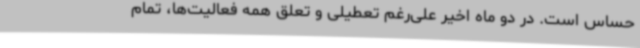
حساس است. در دو ماه اخیر علی‌رغم تعطیلی و تعلق همه فعالیت‌ها، تمام